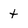
Character: t